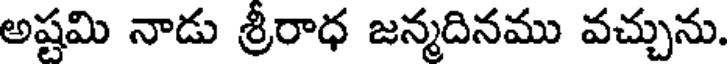
అష్టమి నాడు శ్రీరాధ జన్మదినము వచ్చును.